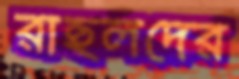
রাহুলদের